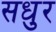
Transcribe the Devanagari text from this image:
सधुर